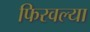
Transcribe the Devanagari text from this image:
फिरवल्या